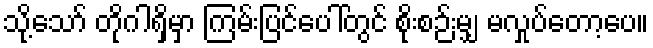
သို့သော် တိုဂါရှိမှာ ကြမ်းပြင်ပေါ်တွင် စိုးစဉ်းမျှ မလှုပ်တော့ပေ။